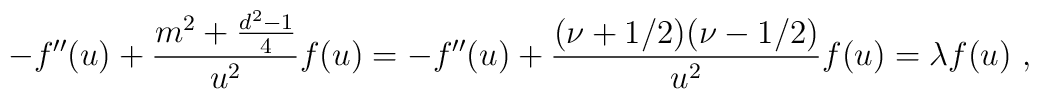
-f''(u) + \frac{m^2+\frac{d^2-1}4}{u^2} f(u)= -f''(u) +   \frac{(\nu+1/2)(\nu-1/2)}{u^2} f(u)   =\lambda f(u)\ ,